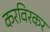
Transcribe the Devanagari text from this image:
करविरकर